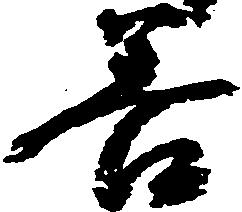
善